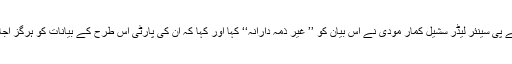
بہار کے بی جے پی سینئر لیڈر سشیل کمار مودی نے اس بیان کو ’’ غیر ذمہ دارانہ‘‘ کہا اور کہا کہ ان کی پارٹی اس طرح کے بیانات کو ہرگز اجازت نہیں دیتی ۔